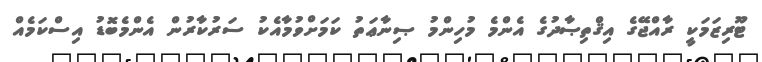
ޓޫރިޒަމަކީ ރާއްޖޭގެ އިޤްތިޞާދުގެ އެންމެ މުހިންމު ޞިނާޢަތު ކަމަށްވުމާއެކު ސަރުކާރުން އެންމެބޮޑު އިސްކަމެއް